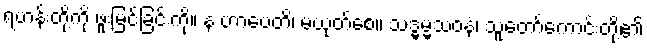
ရဟန်းတို့ကို ဖူးမြင်ခြင်းကို။ န ဟာပေတိ၊ မယုတ်စေ။ သဒ္ဓမ္မသဝနံ၊ သူတော်ကောင်းတို့၏